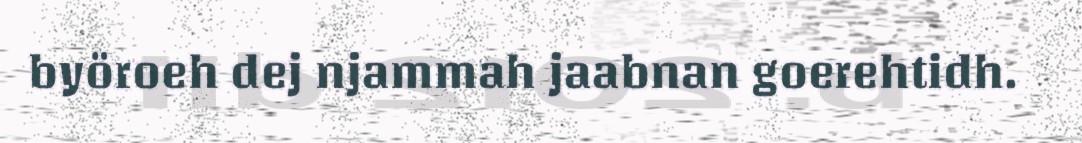
byöroeh dej njammah jaabnan goerehtidh.